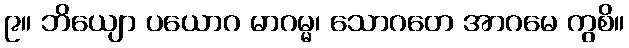
၉။ ဘိယျော ပယောဂ မာဂမ္မ၊ သောဂတေ အာဂမေ ကွစိ။